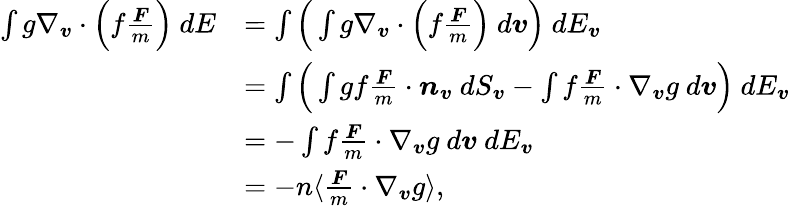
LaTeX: \begin{array}{rl}{\int g\nabla_{\boldsymbol{v}}\cdot\Big(f\frac{\boldsymbol{F}}{m}\Big)\ dE}&{=\int\Big(\int g\nabla_{\boldsymbol{v}}\cdot\Big(f\frac{\boldsymbol{F}}{m}\Big)\ d\boldsymbol{v}\Big)\ dE_{\boldsymbol{v}}}\\ &{=\int\Big(\int gf\frac{\boldsymbol{F}}{m}\cdot\boldsymbol{n}_{\boldsymbol{v}}\ dS_{\boldsymbol{v}}-\int f\frac{\boldsymbol{F}}{m}\cdot\nabla_{\boldsymbol{v}}g\ d\boldsymbol{v}\Big)\ dE_{\boldsymbol{v}}}\\ &{=-\int f\frac{\boldsymbol{F}}{m}\cdot\nabla_{\boldsymbol{v}}g\ d\boldsymbol{v}\ dE_{\boldsymbol{v}}}\\ &{=-n\langle\frac{\boldsymbol{F}}{m}\cdot\nabla_{\boldsymbol{v}}g\rangle,}\end{array}